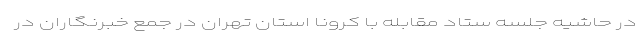
در حاشیه جلسه ستاد مقابله با کرونا استان تهران در جمع خبرنگاران در